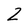
Character: 2